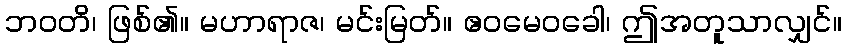
ဘဝတိ၊ ဖြစ်၏။ မဟာရာဇ၊ မင်းမြတ်။ ဧဝမေဝခေါ၊ ဤအတူသာလျှင်။